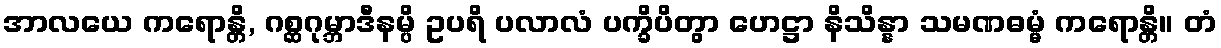
အာလယေ ကရောန္တိ, ဂစ္ဆဂုမ္ဘာဒီနမ္ပိ ဥပရိ ပလာလံ ပက္ခိပိတွာ ဟေဋ္ဌာ နိသိန္နာ သမဏဓမ္မံ ကရောန္တိ။ တံ